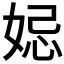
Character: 𡜱